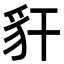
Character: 豻